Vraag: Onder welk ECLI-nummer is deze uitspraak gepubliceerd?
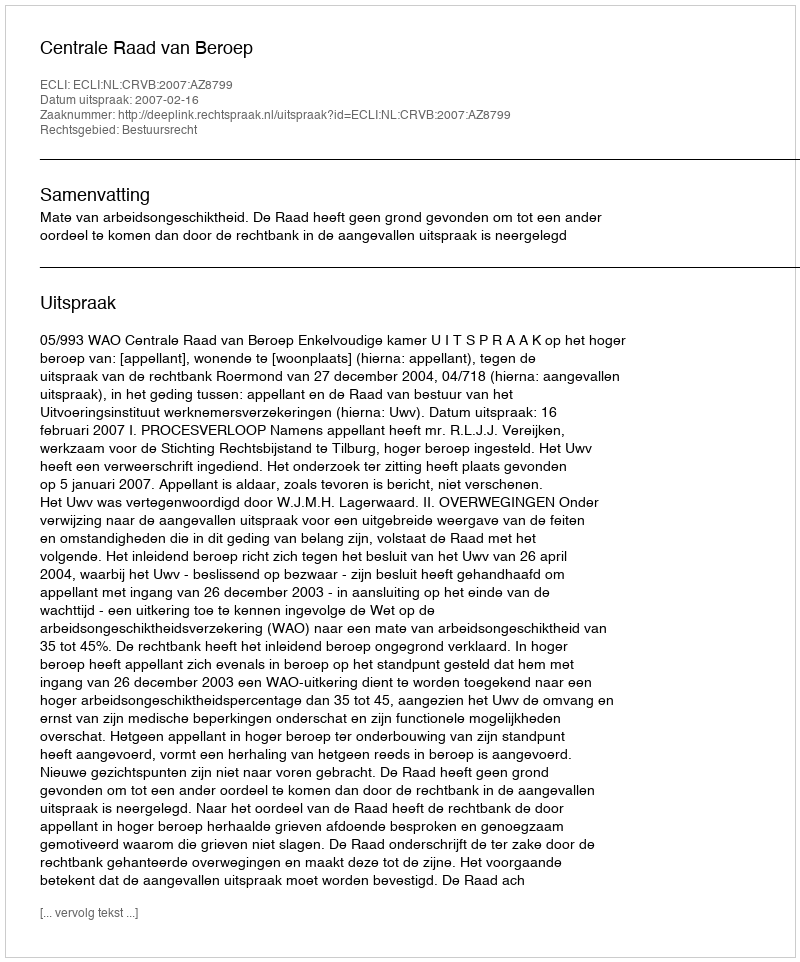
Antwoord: ECLI:NL:CRVB:2007:AZ8799